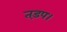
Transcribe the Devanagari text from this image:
तड़प।